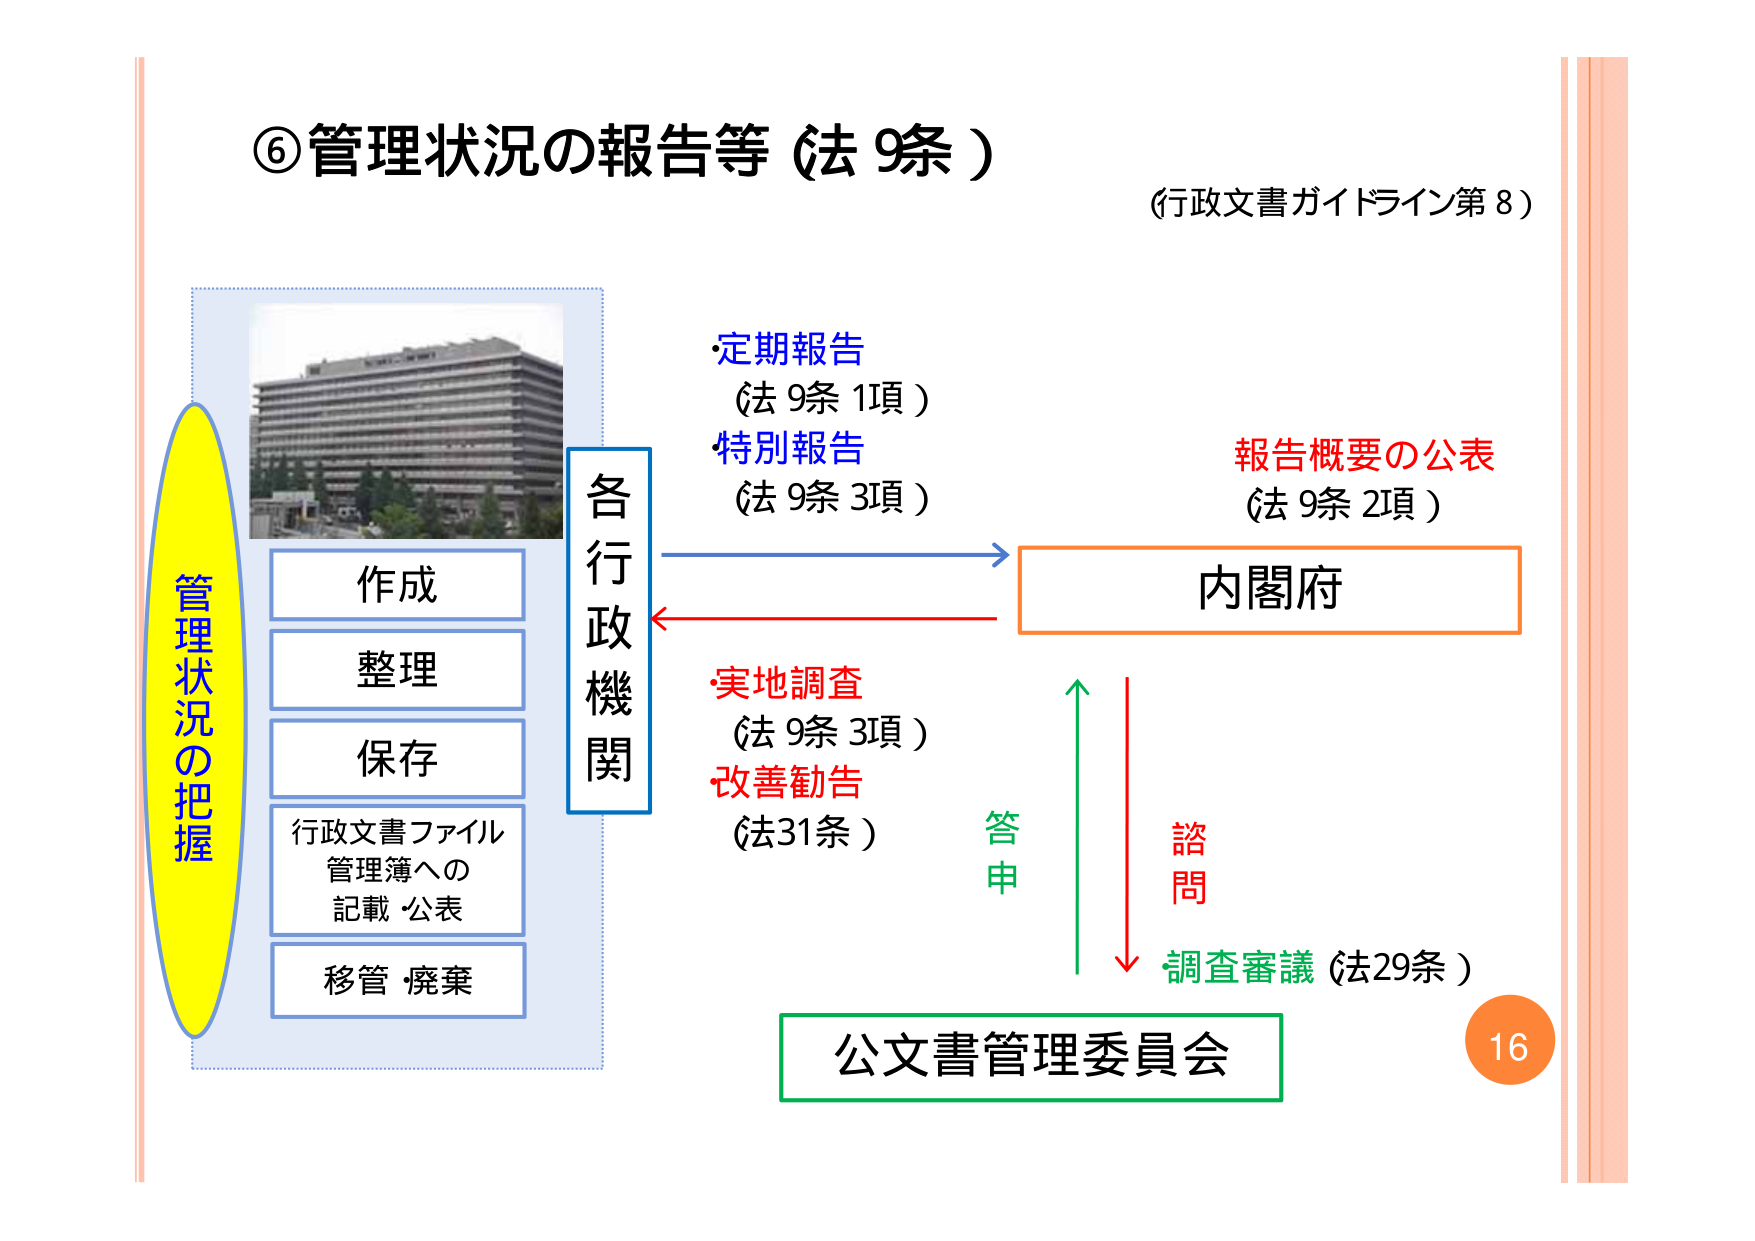
⑥管理状況の報告等（法9条）
（行政文書ガイドライン第8）

管理状況の把握
作成
整理
保存
行政文書ファイル
管理簿への
記載・公表
移管・廃棄

各行政機関

・定期報告
（法9条1項）
・特別報告
（法9条3項）

→ 内閣府

報告概要の公表
（法9条2項）

・実地調査
（法9条3項）
・改善勧告
（法31条）

答申
諮問
調査審議（法29条）

公文書管理委員会

16